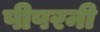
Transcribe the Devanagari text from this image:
पीपरनी